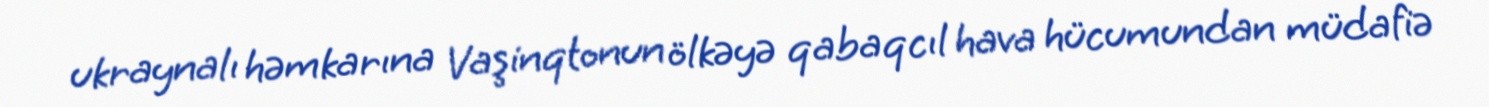
ukraynalı həmkarına Vaşinqtonun ölkəyə qabaqcıl hava hücumundan müdafiə